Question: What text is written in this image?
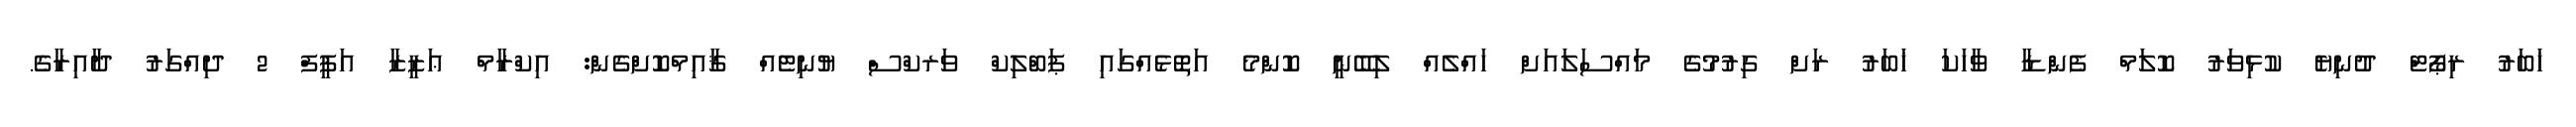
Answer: ޚަބަރު ރިޕޯޓް ދުނިޔެ ކުޅިވަރު ކޮލަމް ފެންޑާ ވާހަކަ ޚަބަރު ރަށް ގިރުމުގެ މައްސަލައަށް ހައްލެއް ލިބޭނީ ކޮންމެ އަތޮޅެއްގައި ޕަބްލިކް ވަރކްސް ޔުނިޓެއް ޤާއިމްކޮށްގެން: އިކްރާމް ޢަޒީޒާ އަފީފް 2 ދިއްގަރު ދާއިރާގެ.